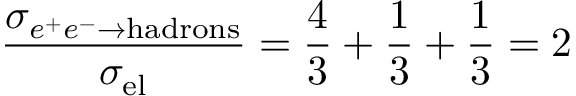
{ \frac { \sigma _ { e ^ { + } e ^ { - } \to \mathrm { h a d r o n s } } } { \sigma _ { \mathrm { e l } } } } = \frac 4 3 + \frac 1 3 + \frac 1 3 = 2